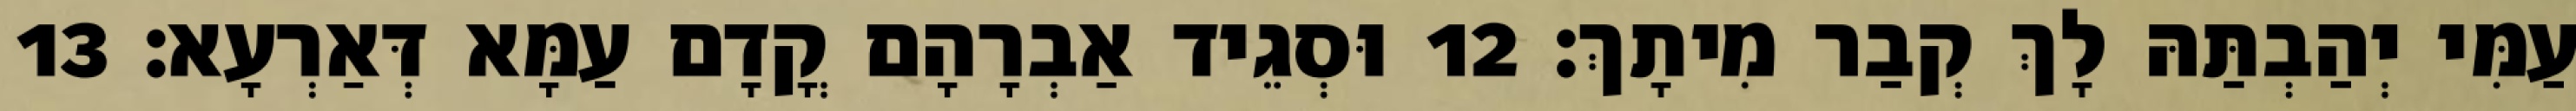
עַמִּי יְהַבְתַּהּ לָךְ קְבַר מִיתָךְ׃ 12 וּסְגֵיד אַבְרָהָם קֳדָם עַמָּא דְּאַרְעָא׃ 13